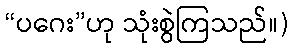
“ပဂေး”ဟု သုံးစွဲကြသည်။)